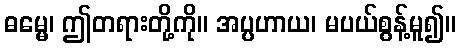
ဓမ္မေ၊ ဤတရားတို့ကို။ အပ္ပဟာယ၊ မပယ်စွန့်မူ၍။